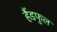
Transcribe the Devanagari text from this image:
हैंडफुल